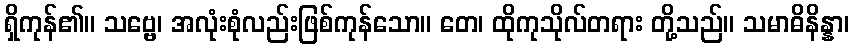
ရှိကုန်၏။ သဗ္ဗေ၊ အလုံးစုံလည်းဖြစ်ကုန်သော။ တေ၊ ထိုကုသိုလ်တရား တို့သည်။ သမာဓိနိန္နာ၊